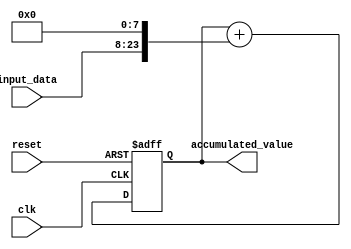
module Fixed_Point_Accumulator (
    input wire clk,
    input wire reset,
    input wire [N-1:0] input_data,
    output wire [M-1:0] accumulated_value
);

parameter N = 16; // Input data width
parameter M = 32; // Accumulated value width
parameter P = 8; // Fixed-point precision

reg [M-1:0] accumulated_value_reg;

always @(posedge clk or posedge reset) begin
    if (reset) begin
        accumulated_value_reg <= 0;
    end else begin
        accumulated_value_reg <= accumulated_value_reg + {input_data, {P{1'b0}}};
    end
end

assign accumulated_value = accumulated_value_reg;

endmodule